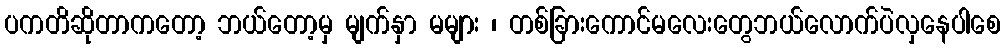
ပကတိဆိုတာကတော့ ဘယ်တော့မှ မျက်နှာ မများ ၊ တစ်ခြားကောင်မလေးတွေဘယ်လောက်ပဲလှနေပါစေ